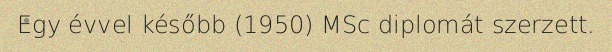
Egy évvel később (1950) MSc diplomát szerzett.